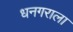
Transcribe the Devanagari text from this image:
धनगराला